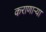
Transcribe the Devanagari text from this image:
कराणाऱ्या